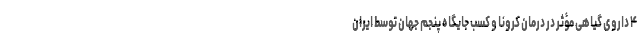
۴ داروی گیاهی مؤثر در درمان کرونا و کسب جایگاه پنجم جهان توسط ایران